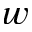
w